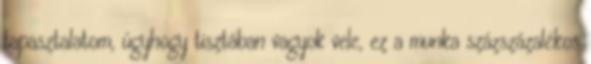
tapasztalatom, úgyhogy tisztában vagyok vele, ez a munka százszázalékos